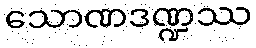
သောဏဒဏ္ဍဿ